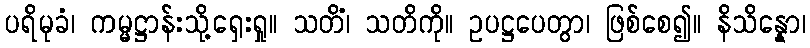
ပရိမုခံ၊ ကမ္မဋ္ဌာန်းသို့ရှေးရှု။ သတိံ၊ သတိကို။ ဥပဋ္ဌပေတွာ၊ ဖြစ်စေ၍။ နိသိန္နော၊